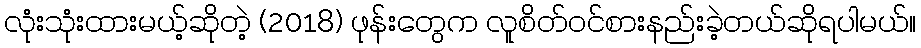
လုံးသုံးထားမယ့်ဆိုတဲ့ (2018) ဖုန်းတွေက လူစိတ်ဝင်စားနည်းခဲ့တယ်ဆိုရပါမယ်။